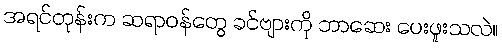
အရင်တုန်းက ဆရာဝန်တွေ ခင်ဗျားကို ဘာဆေး ပေးဖူးသလဲ။